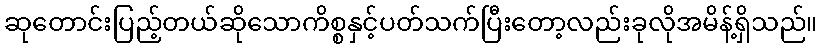
ဆုတောင်းပြည့်တယ်ဆိုသောကိစ္စနှင့်ပတ်သက်ပြီးတော့လည်းခုလိုအမိန့်ရှိသည်။